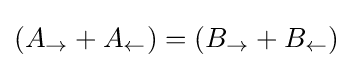
(A_{\rightarrow }+A_{\leftarrow })=(B_{\rightarrow }+B_{\leftarrow })